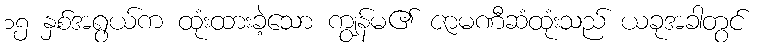
၁၅ နှစ်အရွယ်က ထုံးထားခဲ့သော ကျွန်မ၏ ဇာမဏီဆံထုံးသည် ယခုအခါတွင်